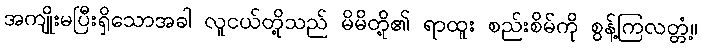
အကျိုးမပြီးရှိသောအခါ လူငယ်တို့သည် မိမိတို့၏ ရာထူး စည်းစိမ်ကို စွန့်ကြလတ္တံ့။